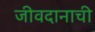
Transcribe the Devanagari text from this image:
जीवदानाची